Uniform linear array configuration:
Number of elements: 12
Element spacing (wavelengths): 0.25
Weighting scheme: hamming
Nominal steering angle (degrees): -15
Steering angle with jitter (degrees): -13.418
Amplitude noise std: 0.05
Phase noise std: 0.05

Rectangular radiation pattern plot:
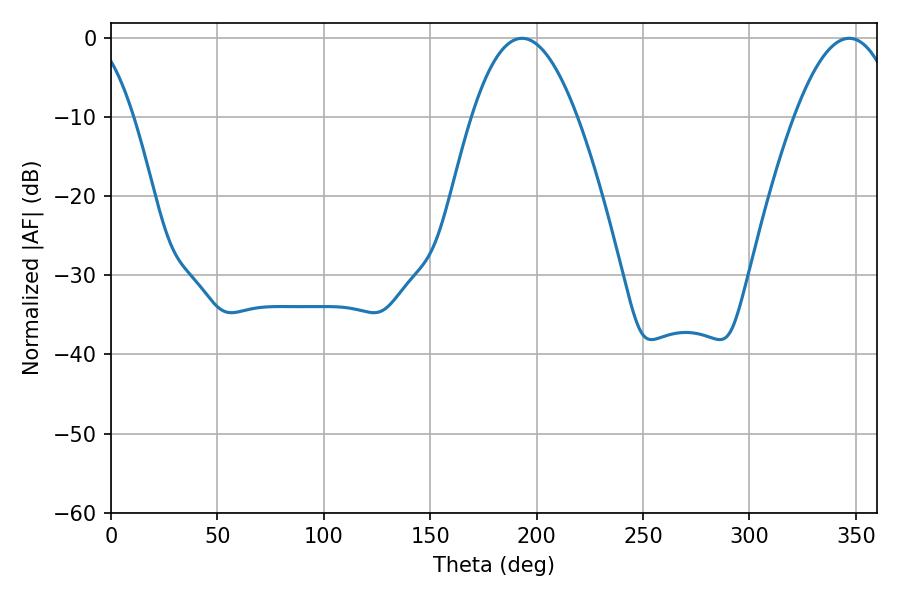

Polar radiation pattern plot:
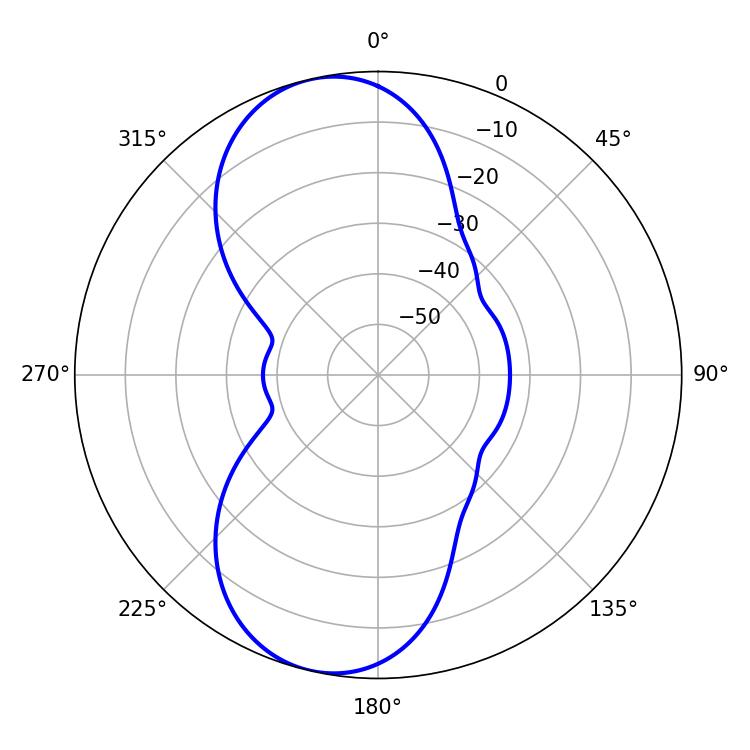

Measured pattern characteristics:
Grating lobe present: FALSE
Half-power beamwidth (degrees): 27.18
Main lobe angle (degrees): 193.14